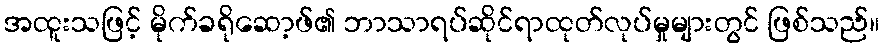
အထူးသဖြင့် မိုက်ခရိုဆော့ဖ်၏ ဘာသာရပ်ဆိုင်ရာထုတ်လုပ်မှုများတွင် ဖြစ်သည်။